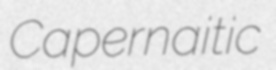
Capernaitic